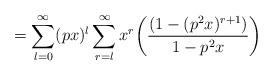
LaTeX: \begin{align*}=\sum_{l=0}^{\infty} (px)^l \sum_{r=l}^{\infty} x^r\bigg(\frac{(1-(p^2x)^{r+1})}{1-p^2x}\bigg)\end{align*}